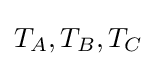
T_{A},T_{B},T_{C}